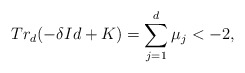
\begin{align*}Tr_d(-\delta Id+K)=\sum_{j=1}^d\mu_j<-2,\end{align*}